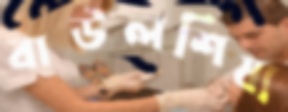
বাউলশিষ্য